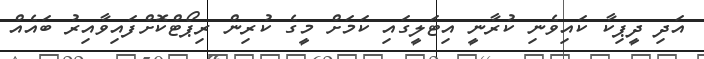
އަދި ދީޕިކާ ކައިވެނި ކުރާނީ އިޓަލީގައި ކަމަށް މީގެ ކުރިން ރިޕޯޓްކޮށްފައިވާއިރު ބައެއް